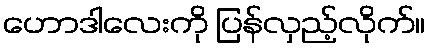
ဟောဒါလေးကို ပြန်လှည့်လိုက်။